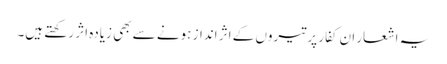
یہ اشعار ان کفار پر تیروں کے اثر انداز ہونے سے بھی زیادہ اثر رکھتے ہیں۔